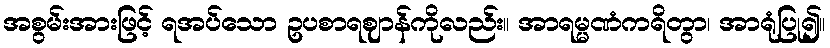
အစွမ်းအားဖြင့် ရအပ်သော ဥပစာရဈာန်ကိုလည်း။ အာရမ္မဏံကရိတွာ၊ အာရုံပြု၍။